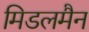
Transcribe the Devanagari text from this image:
मिडलमैन